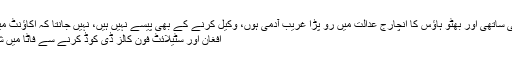
سابق صدر آصف علی زرداری کا قریبی ساتھی اور بھٹو ہاؤس کا انچارج عدالت میں رو پڑا غریب آدمی ہوں، وکیل کرنے کے بھی پیسے نہیں ہیں، نہیں جانتا کہ اکاؤنٹ میں اتنے پیسے کہاں سے آئے، ندیم بھٹو
افغان اور سٹیلائٹ فون کالز ڈی کوڈ کرنے سے فاٹا میں شرانگیزی لانچ کرنے کا علم ہو چکا تھا